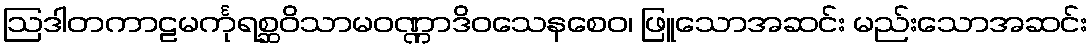
ဩဒါတကာဠမင်္ကုရစ္ဆဝိသာမဝဏ္ဏာဒိဝသေနစေဝ၊ ဖြူသောအဆင်း မည်းသောအဆင်း